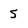
Character: 5